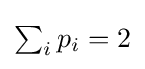
{\textstyle \sum _{i}p_{i}=2}